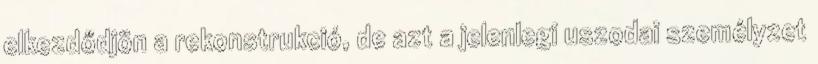
elkezdődjön a rekonstrukció, de azt a jelenlegi uszodai személyzet